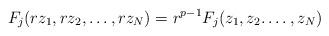
LaTeX: \begin{align*}F_j(r z_1, r z_2,\dots, r z_N) = r^{p-1} F_j ( z_1, z_2.\dots,z_N) \end{align*}